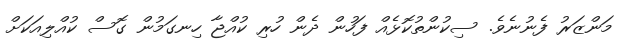
މަންޒަރު ފެނުނެވެ. ސިކުންތުކޮޅެއް ފަހުން ދެން ހުރި ކުއްޖާ ހިނގަމުން ގޮސް ކުއްލިއަކަށް